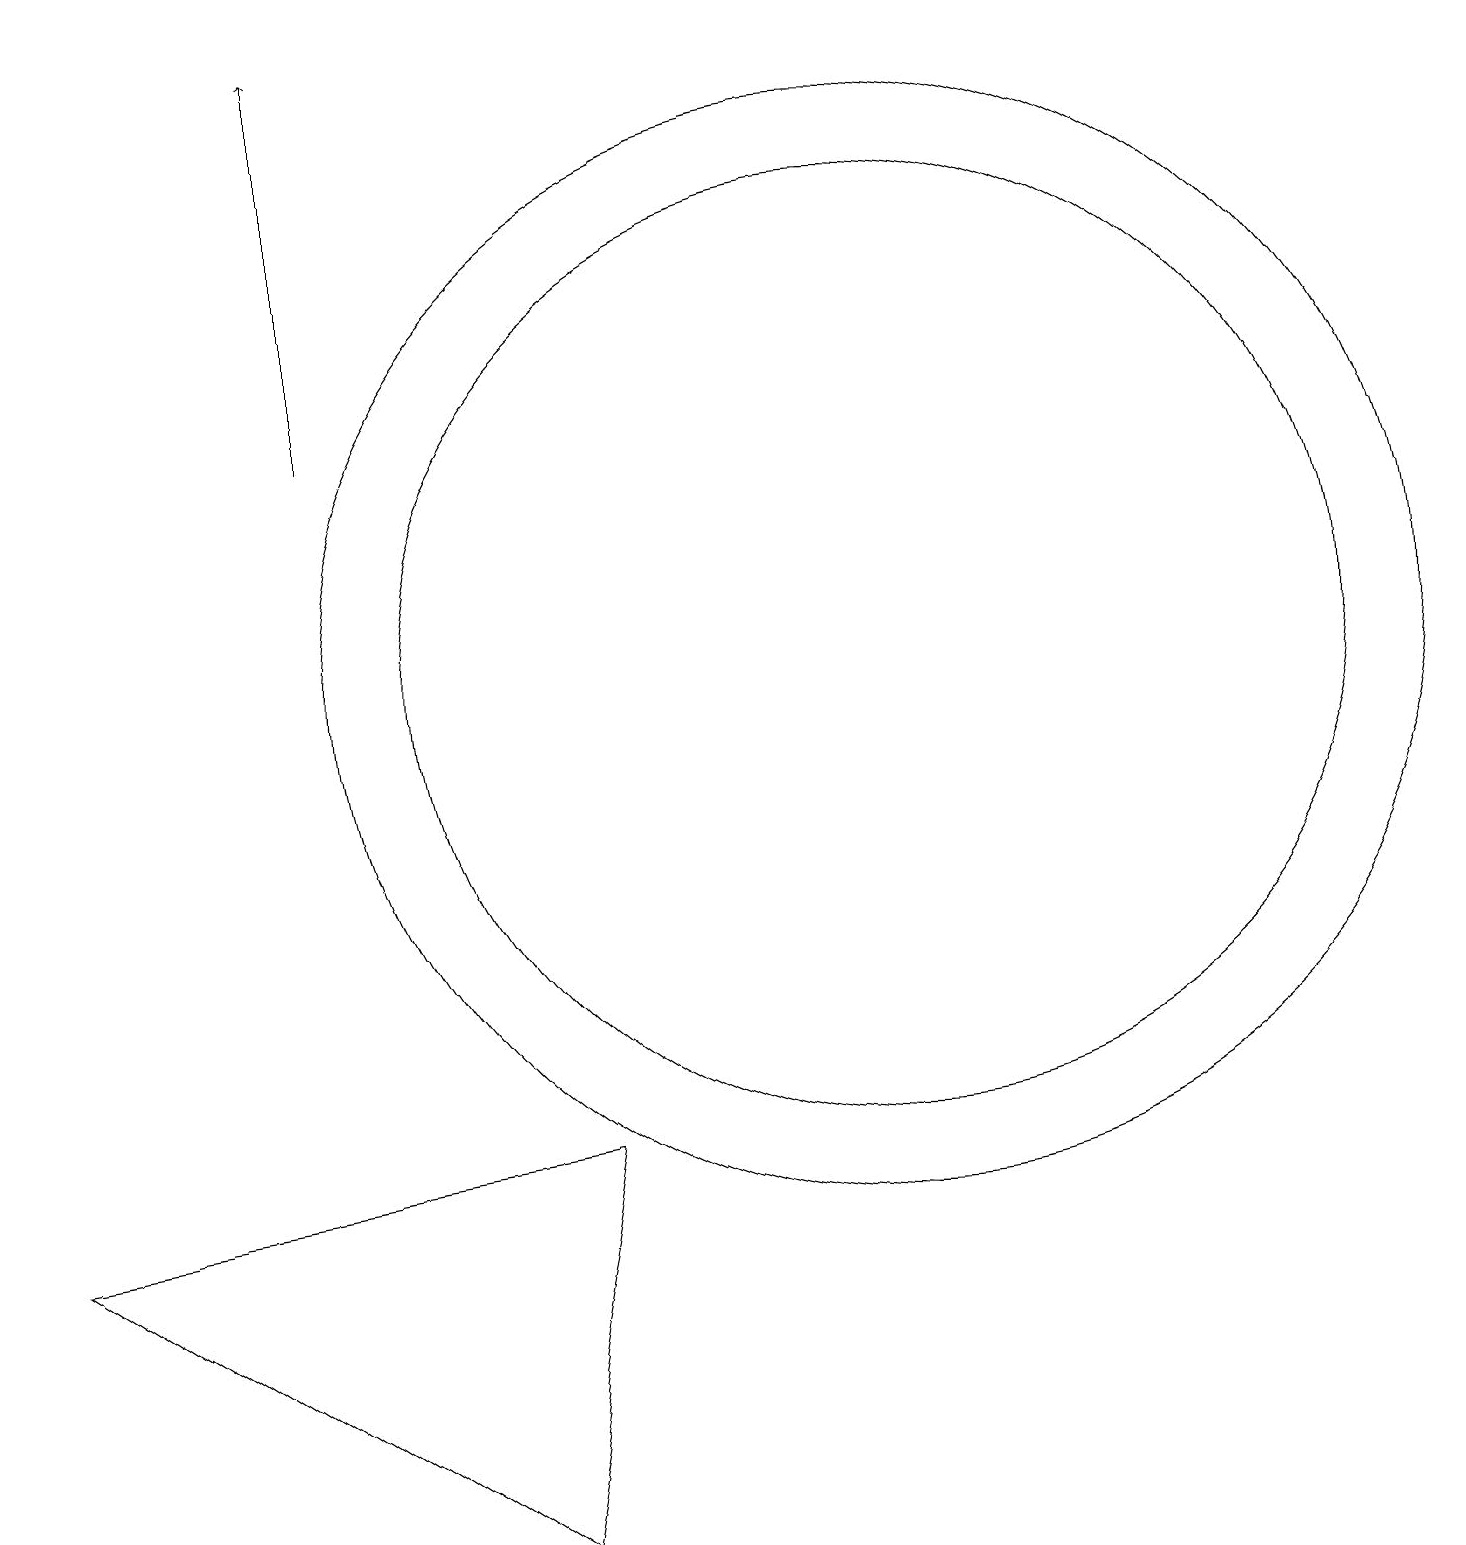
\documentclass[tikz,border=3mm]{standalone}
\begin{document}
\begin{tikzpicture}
\draw (0,4) -- (6,0) -- (7,5) -- cycle;
\draw[->] (4,14) -- (4,19);
\draw (11,11) circle (6);
\draw (11,11) circle (7);
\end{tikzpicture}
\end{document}